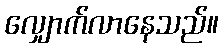
လျှောက်လာနေသည်။